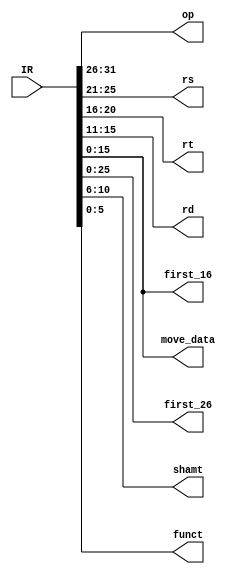

module instruction_reg (IR, op , rs , rt , rd , first_16 ,first_26,shamt, funct ,move_data);

input [31:0] IR ; 
output reg [5:0]  op , funct ;     // 6 bits 
output reg [4:0]  rs , rt , rd , shamt ;   // 5 bits 
output reg [15:0]  first_16  ;     // 16 bits
output reg [25:0]  first_26 ;
output reg [15:0]  move_data;
 
always @ (IR) begin
   op <= IR[31:26];
   rs <= IR[25:21];
   rt <= IR[20:16];
   rd <= IR[15:11];
   first_16 <= IR[15:0];
   first_26 <= IR[25:0];
   funct <= IR[5:0];
   shamt <= IR[10:6];
   move_data<=IR[15:0]; //data of move instructions
   
end 

endmodule